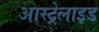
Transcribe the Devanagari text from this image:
आस्ट्रेलाइड